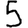
Digit: 5